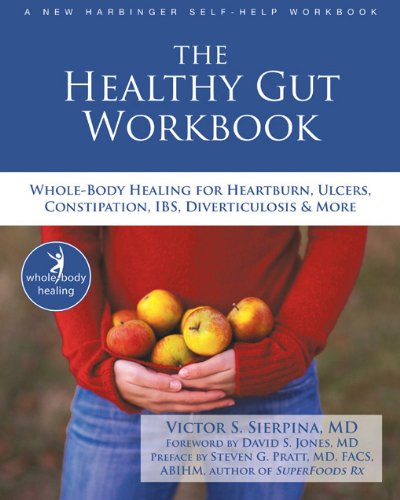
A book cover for The Healthy Gut Workbook: Whole-Body Healing for Heartburn, Ulcers, Constipation, IBS, Diverticulosis, and More (The New Harbinger Whole-Body Healing Series); Victor Sierpina MD; Health, Fitness & Dieting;